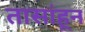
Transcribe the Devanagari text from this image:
तासांहून